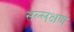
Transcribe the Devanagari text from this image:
सल्लक्षणं